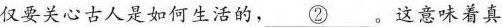
仅要关心古人是如何生活的，\underline{②}。这意味着真